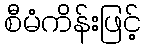
စီမံကိန်းဖြင့်